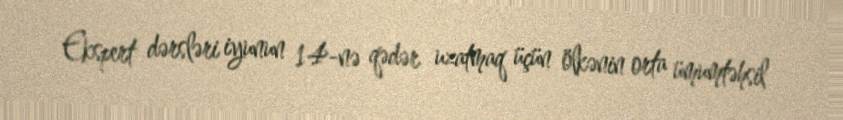
Ekspert dərsləri iyunun 14-nə qədər uzatmaq üçün ölkənin orta ümumtəhsil